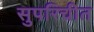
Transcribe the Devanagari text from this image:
सुपरिचीत